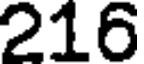
216